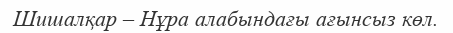
Шишалқар – Нұра алабындағы ағынсыз көл.